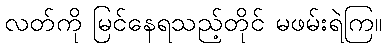
လတ်ကို မြင်နေရသည့်တိုင် မဖမ်းရဲကြ။